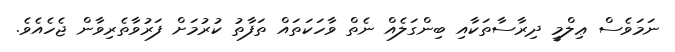
ނަމަވެސް ޢިލްމީ ދިރާސާތަކާއި ބިންގަލެއް ނެތް ވާހަކަތައް ތަފާތު ކުރުމަށް ފަރުވާތެރިވާން ޖެހެއެވެ.